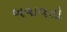
બચાવતો